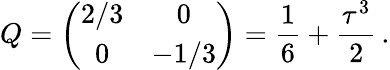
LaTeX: Q=\left(\begin{array}{cc}{{2/3}}&{{0}}\\ {{0}}&{{-1/3}}\end{array}\right)=\frac{1}{6}+\frac{\tau^{3}}{2}\, .